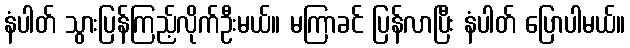
နံပါတ် သွားပြန်ကြည့်လိုက်ဦးမယ်။ မကြာခင် ပြန်လာပြီး နံပါတ် ပြောပါမယ်။